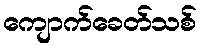
ကျောက်ခေတ်သစ်